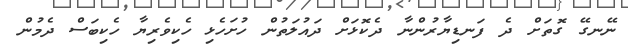
ނޭނގޭ ގޮތަށް ދެ ފަނޑިޔާރުންނާ ދެކޮޅަށް ދައުލަތުން ހުށަހެޅި ހެކިވެރިޔާ ހެކިބަސް ދެމުން